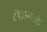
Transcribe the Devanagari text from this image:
टोलनाके